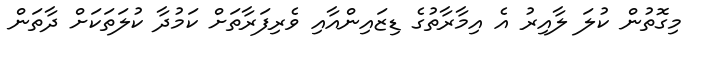
މިގޮތުން ކުލަ ލާއިރު އެ އިމާރާތުގެ ޑިޒައިންއާއި ވެރިފަރާތަށް ކަމުދާ ކުލަތަކަށް ދާތަން